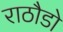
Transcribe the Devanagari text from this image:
राठौडो